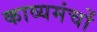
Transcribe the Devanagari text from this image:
काव्यमंचों